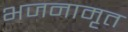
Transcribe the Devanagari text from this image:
भजनामृत